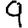
Digit: 9